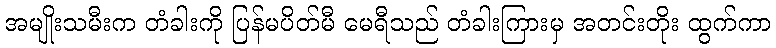
အမျိုးသမီးက တံခါးကို ပြန်မပိတ်မီ မေရီသည် တံခါးကြားမှ အတင်းတိုး ထွက်ကာ